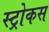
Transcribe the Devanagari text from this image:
स्ट्रोकस